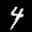
Label: 4